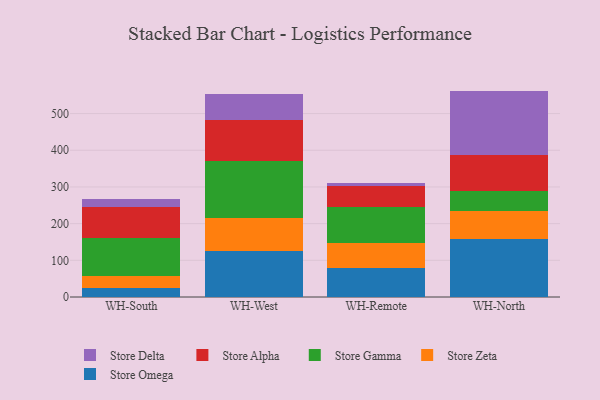
{"axis": {"x": "Warehouse", "y": "Latency (ms)"}, "legend": ["Store Alpha", "Store Delta", "Store Gamma", "Store Omega", "Store Zeta"], "data": [{"x": "WH-South", "y": 23.4, "type": "Store Omega"}, {"x": "WH-South", "y": 34.7, "type": "Store Zeta"}, {"x": "WH-South", "y": 103.1, "type": "Store Gamma"}, {"x": "WH-South", "y": 84.9, "type": "Store Alpha"}, {"x": "WH-South", "y": 21.1, "type": "Store Delta"}, {"x": "WH-West", "y": 125.0, "type": "Store Omega"}, {"x": "WH-West", "y": 89.1, "type": "Store Zeta"}, {"x": "WH-West", "y": 156.9, "type": "Store Gamma"}, {"x": "WH-West", "y": 112.0, "type": "Store Alpha"}, {"x": "WH-West", "y": 70.7, "type": "Store Delta"}, {"x": "WH-Remote", "y": 79.4, "type": "Store Omega"}, {"x": "WH-Remote", "y": 68.8, "type": "Store Zeta"}, {"x": "WH-Remote", "y": 96.8, "type": "Store Gamma"}, {"x": "WH-Remote", "y": 58.8, "type": "Store Alpha"}, {"x": "WH-Remote", "y": 8.0, "type": "Store Delta"}, {"x": "WH-North", "y": 157.5, "type": "Store Omega"}, {"x": "WH-North", "y": 76.6, "type": "Store Zeta"}, {"x": "WH-North", "y": 56.1, "type": "Store Gamma"}, {"x": "WH-North", "y": 98.0, "type": "Store Alpha"}, {"x": "WH-North", "y": 173.8, "type": "Store Delta"}]}